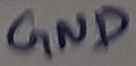
Text: GND